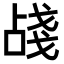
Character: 𢧗